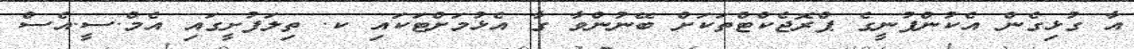
އާ ގުޅިގެން އެކުންފުނީގެ ޕްރޮޖެކްޓްތަކަށް ބޭނުންވާ ގާ އެޅުމަށްޓަކައި ކ. ތިލަފުށީގައި އެމް.ސީ.އެސް